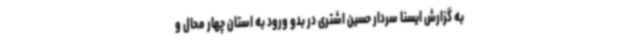
به گزارش ایسنا سردار حسین اشتری در بدو ورود به استان چهار محال و